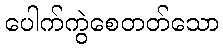
ပေါက်ကွဲစေတတ်သော